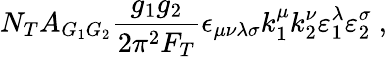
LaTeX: N_{T}A_{G_{1}G_{2}}\frac{g_{1}g_{2}}{2\pi^{2}F_{T}}\epsilon_{\mu\nu\lambda\sigma}k_{1}^{\mu}k_{2}^{\nu}\varepsilon_{1}^{\lambda}\varepsilon_{2}^{\sigma}\ ,